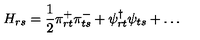
H _ { r s } = \frac { 1 } { 2 } \pi _ { r t } ^ { + } \pi _ { t s } ^ { - } + \psi _ { r t } ^ { \dagger } \psi _ { t s } + \ldots